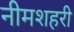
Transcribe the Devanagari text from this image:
नीमशहरी